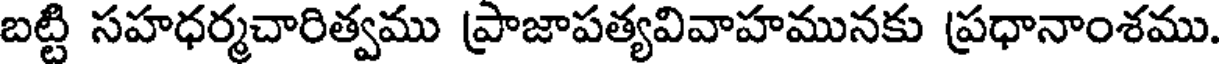
బట్టి సహధర్మచారిత్వము ప్రాజాపత్యవివాహమునకు ప్రధానాంశము.